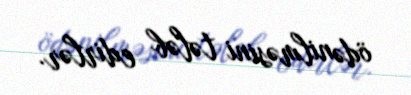
ödənilməsini tələb edirlər.